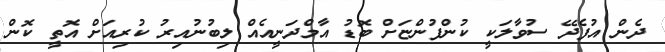
ދެން އުފެދޭ ސުވާލަކީ ކުންފުންޏަށް ބޮޑު އާމްދަނީއެއް ލިބުނުއިރު ކުރިއަށް އޮތީ ކޮން